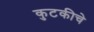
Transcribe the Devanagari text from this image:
कुटकीचे